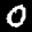
Label: 0